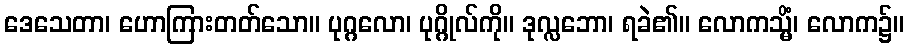
ဒေသေတာ၊ ဟောကြားတတ်သော။ ပုဂ္ဂလော၊ ပုဂ္ဂိုလ်ကို။ ဒုလ္လဘော၊ ရခဲ၏။ လောကသ္မိံ၊ လောက၌။